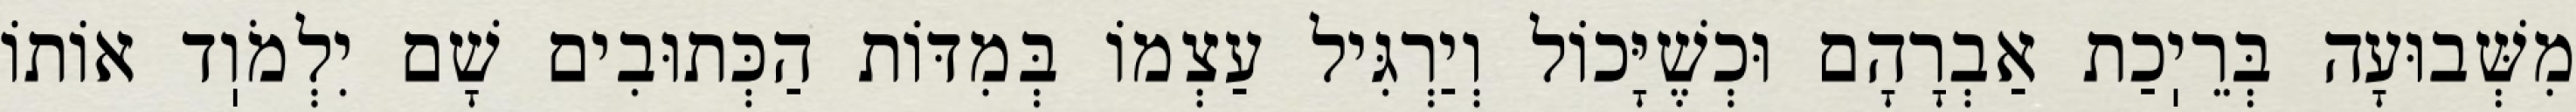
מִשְּׁבוּעָה בְּרֵיֽכַת אַבְרָהָם וּכְשֶׁיָּכוֹל וְיַרְגִּיל עַצְמוֹ בְּמִדּוֹת הַכְּתוּבִים שָׁם יִלְמֹוֽד אוֹתוֹ